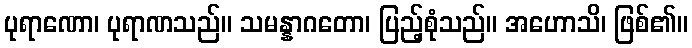
ပုရာဏော၊ ပုရာဏသည်။ သမန္နာဂတော၊ ပြည့်စုံသည်။ အဟောသိ၊ ဖြစ်၏။